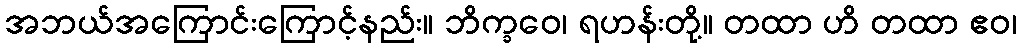
အဘယ်အကြောင်းကြောင့်နည်း။ ဘိက္ခဝေ၊ ရဟန်းတို့။ တထာ ဟိ တထာ ဧဝ၊